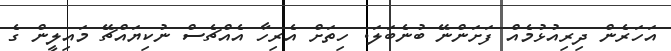
އަހަރެން ދިރިއުޅުމެއް ފަށަންނޭ ބުނެބަލަ. ހިތަށް އެރިހާ އެއްޗެސް ނުކިޔައްޗޭ މައިލީން ގެ